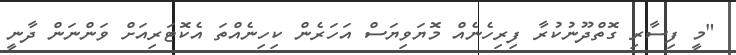
"މީ ފިސާރި ގޮތްދޫނުކުރާ ފިރިހެނެއް މޮޔަވިޔަސް އަހަރެން ކިހިނެއްތަ އެކޮޓަރިއަށް ވަންނަން ދާނީ